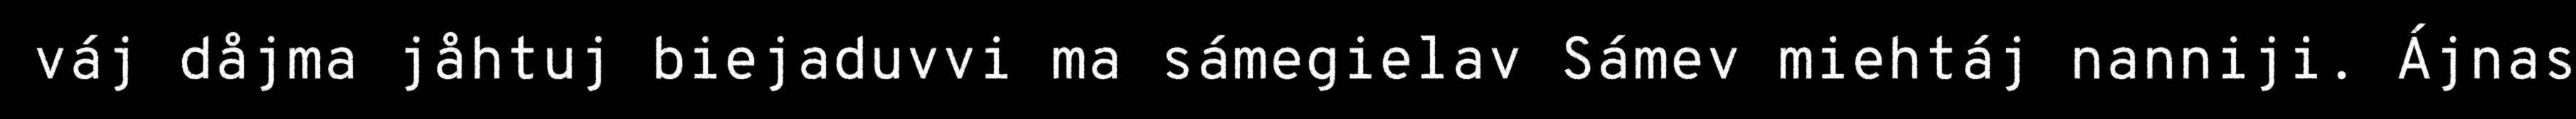
váj dåjma jåhtuj biejaduvvi ma sámegielav Sámev miehtáj nanniji. Ájnas